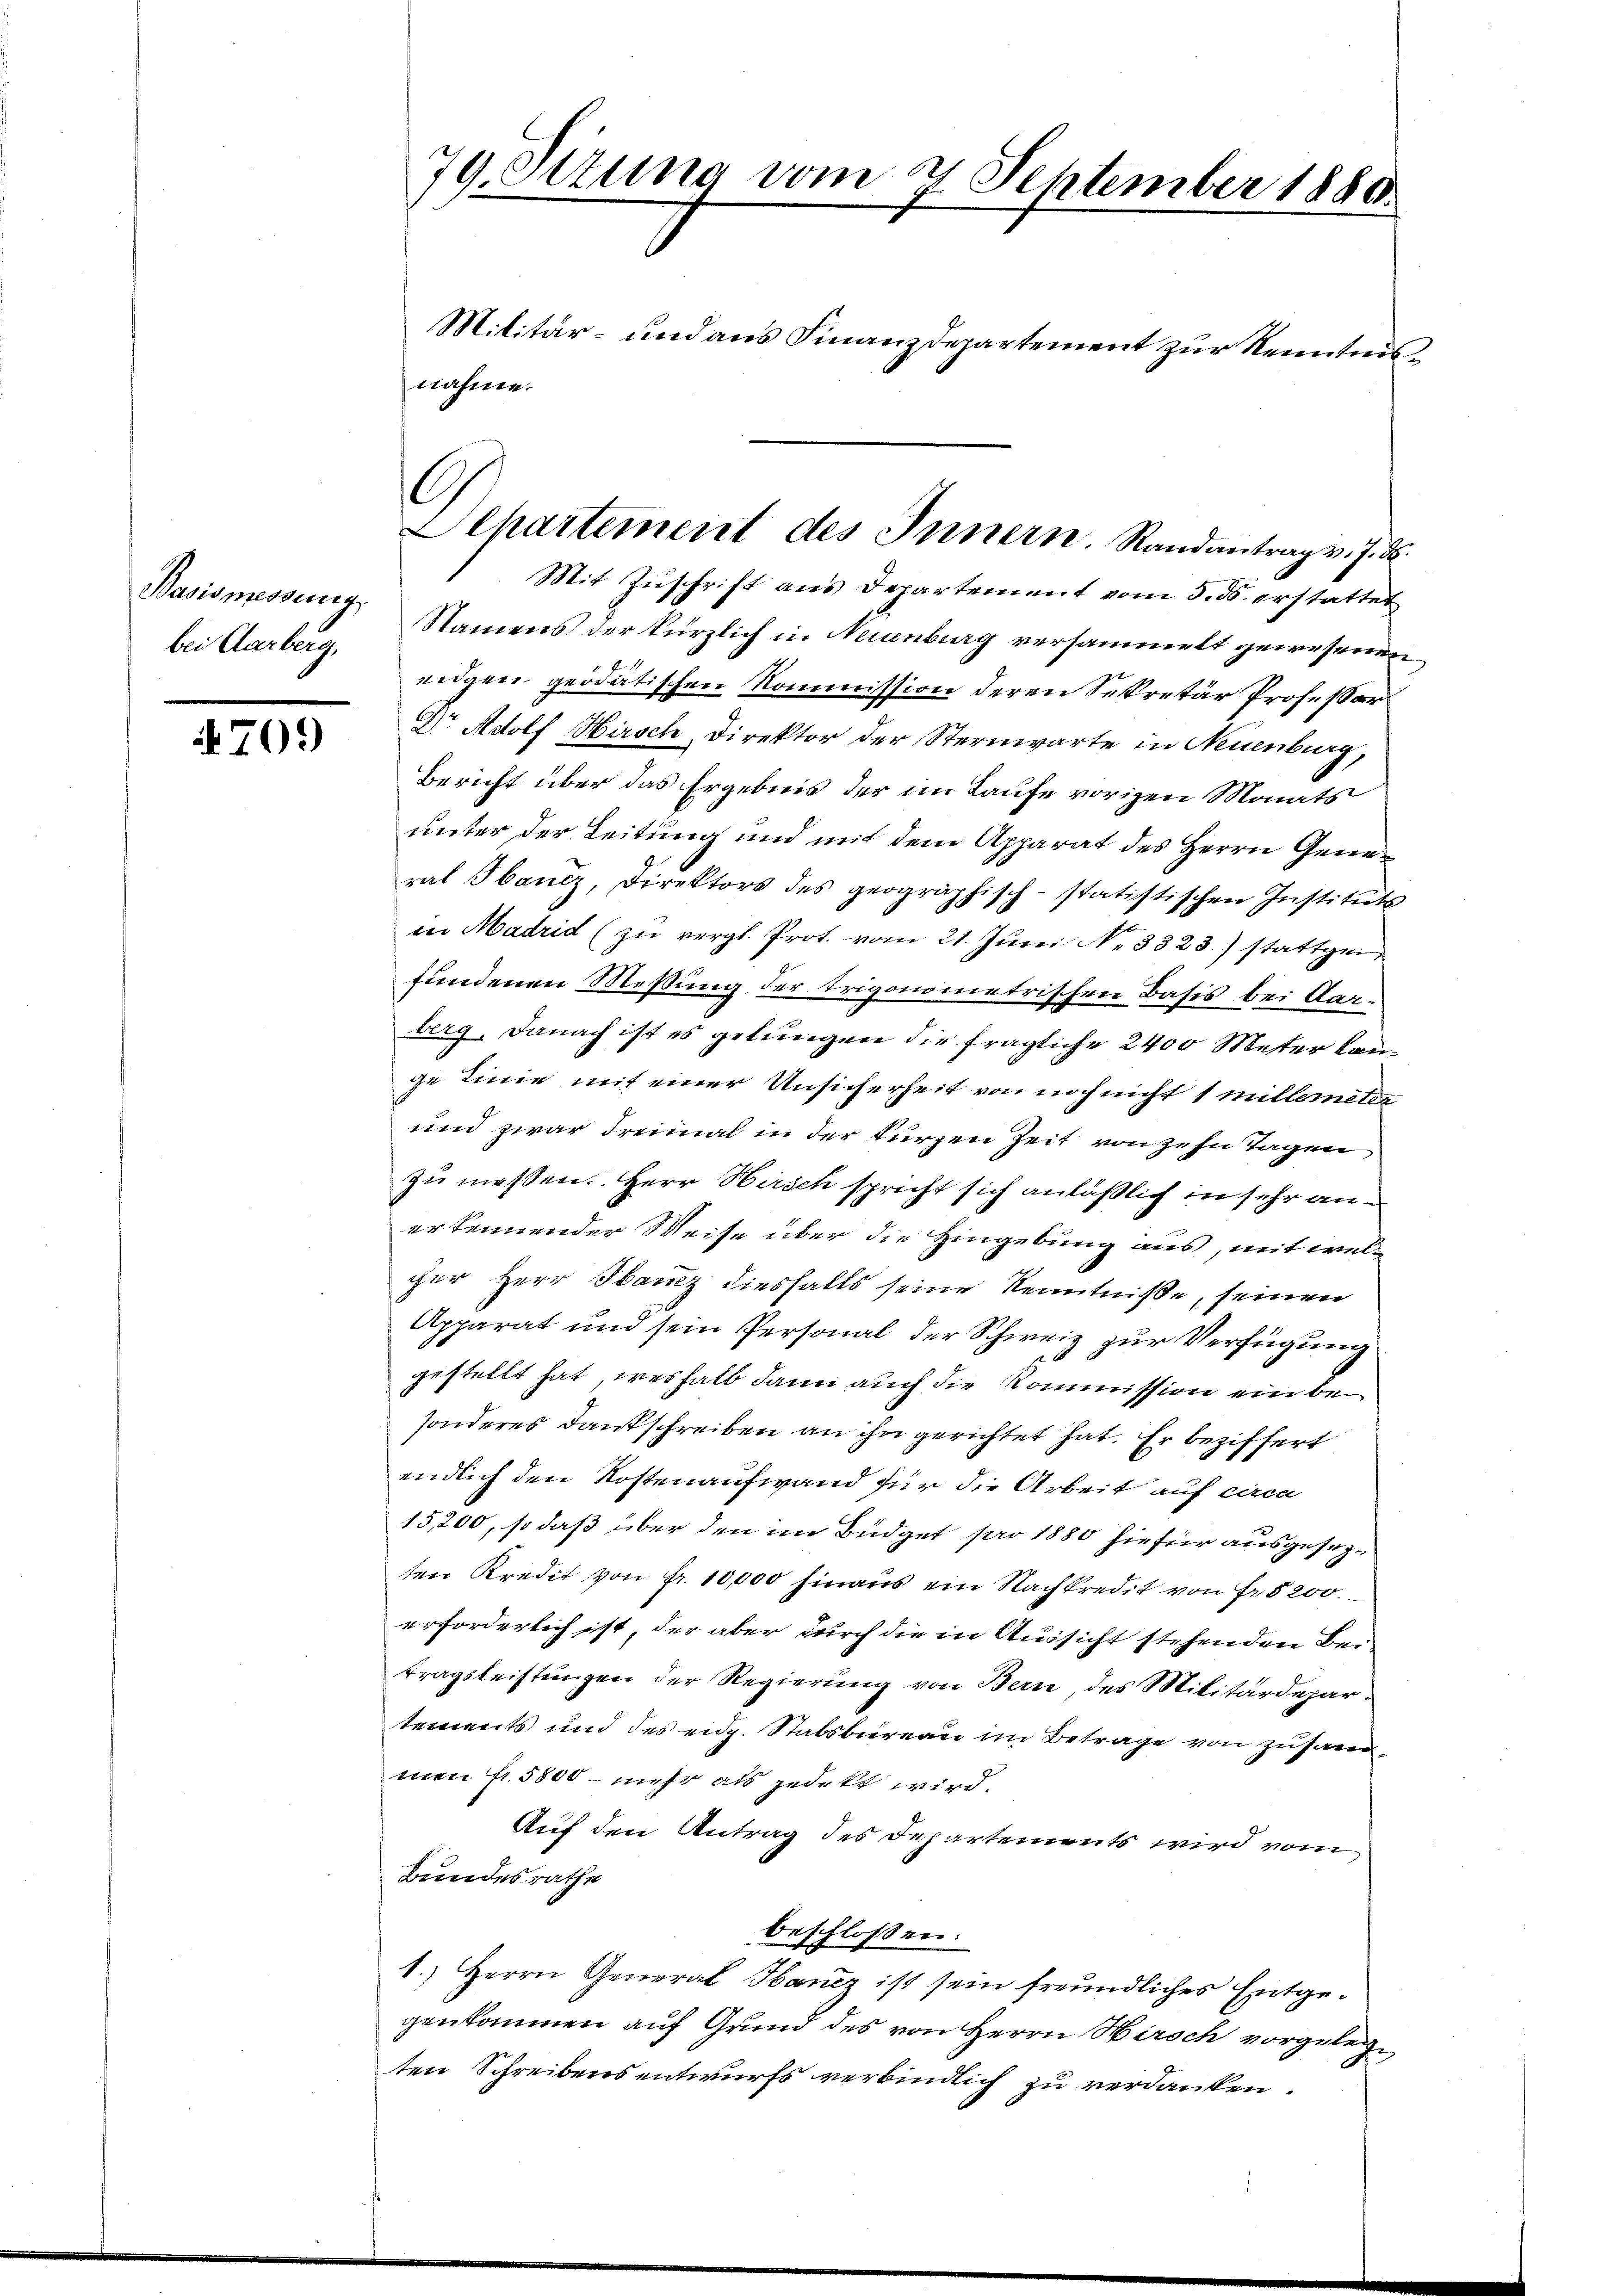
Basismessung
bei Aarberg,

70.)

Mit Zuschrift aus Departement vom 5. ds. erstattet
Namens der kürzlich in Neuenburg versammelt gewesenen
eidgen geodätischen Kommission deren Sekretär Professor
Dr Adolf Hirsch Direktor der Sternwarte in Neuenburg,
Bericht über das Ergebnis der im Laufe vorigen Monats
unter der Leitung und mit dem Apparat des Herrn Generat Ibanez, Direktors des geographisch-statistischen Instituts
in Madrid (zu vergl. Prot. vom 21. Juni No 3323) stattgen
fundenen Messung der trigonometrischen Basis bei Aarberg. Danach ist es gelungen die fragliche 2400 Meter Kange Linie mit einer Unsicherheit von noch nicht 1 millemete
und zwar dreimal in der kurzen Zeit von zehn Tagen
zu messen. Herr Hirsch spricht sich anläßlich in sehr anerkennender Weise über die Hingebung aus, mit welcher Herr Hautz diesfalls seine Kenntniße, seinen
Apparat und sein Personal der Schweiz zur Verfügung
gestellt hat, weshalb dann auch die Kommission ein besonderes Dankschreiben an ihn gerichtet hat. Er beziffert
endlich den Kostenaufwand für die Arbeit auf ciren
15,200, so daß über den im Büdget pro 1880 hiefür ausgesezten Kredit von Fr. 10,000 hinaus ein Nachkredit von Fr. 5200.
erforderlich ist, der aber durch die in Aussicht stehenden Beitragsleistungen der Regierung von Bern des Militärdepar
tements und des eidg. Stabsbureau im Betrage von zusam
men fr. 5800 – mehr als jedekt wird.
Auf den Antrag des Departements wird vom
Bundesrathe
beschlossen:
1.) Herrn General Hancz ist sein freundliches Entgegenkommen auf Grund des von Herrn Hirsch vorgelegten Schreibens entwurfs verbindlich zu verdanken.

79 Sizung vom 2. September 1880.
Militär- und aus Finanzdepartement zur Kenntnis
nahme.

Alhartement des Innern. Randantrag v. J. F.